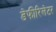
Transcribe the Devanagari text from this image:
डेफीरिलेटर